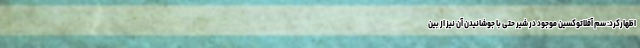
اظهارکرد: سم آفلاتوکسین موجود در شیر حتی با جوشانیدن آن نیز از بین